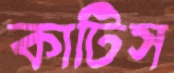
কাটিস